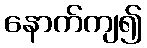
နောက်ကျ၍